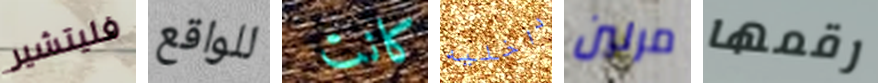
فليتشير للواقع كانت داخليه مرلين رقمها